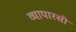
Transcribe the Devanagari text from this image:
व्यापारसी